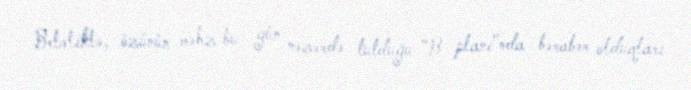
Beləliklə, özünün məhz bu gün nəzərdə tutduğu ”B planı"nda bərabər olduqları